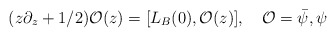
\begin{align*}(z\partial_z + 1/2){\mathcal O}(z) = [L_B(0),{\mathcal O}(z)],\quad {\mathcal O} = {\bar\psi},\psi\end{align*}